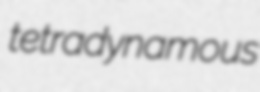
tetradynamous